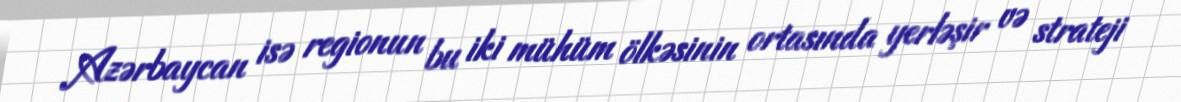
Azərbaycan isə regionun bu iki mühüm ölkəsinin ortasında yerləşir və strateji